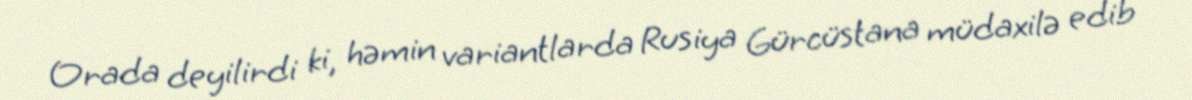
Orada deyilirdi ki, həmin variantlarda Rusiya Gürcüstana müdaxilə edib